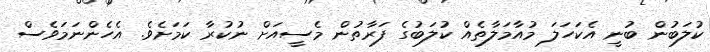
ކުލަބުން ބުނީ އެކަހަލަ މުއާމަލާތެއް ކުލަބުގެ ފަރާތުން މެސީއަށް ނުކުރާ ކަމަށެވެ. އެހެންނަމަވެސް